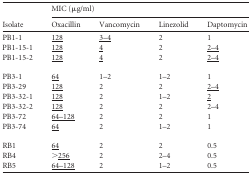
| <ROWSPAN=2> Isolate | <COLSPAN=4> MIC (μg/ml) |
 | Oxacillin | Vancomycin | Linezolid | Daptomycin |
 | --- | --- | --- | --- | --- |
 | PB1-1 | <underline>128</underline> | <underline>3–4</underline> | 2 | 1 |
 | PB1-15-1 | <underline>128</underline> | <underline>4</underline> | 2 | <underline>2–4</underline> |
 | PB1-15-2 | <underline>128</underline> | <underline>4</underline> | 2 | <underline>2–4</underline> |
 | PB3-1 | <underline>64</underline> | 1–2 | 1–2 | 1 |
 | PB3-29 | <underline>128</underline> | 2 | 2 | <underline>2–4</underline> |
 | PB3-32-1 | <underline>128</underline> | 2 | 1–2 | <underline>2</underline> |
 | PB3-32-2 | <underline>128</underline> | 2 | 2 | 2–4 |
 | PB3-72 | <underline>64–128</underline> | 2 | 2 | 1 |
 | PB3-74 | <underline>64</underline> | 2 | 1–2 | 1 |
 | RB1 | <underline>64</underline> | 2 | 2 | 0.5 |
 | RB4 | ><underline>256</underline> | 2 | 2–4 | 0.5 |
 | RB5 | <underline>64–128</underline> | 2 | 1–2 | 0.5 |